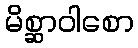
မိစ္ဆာဝါစော